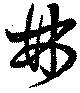
林